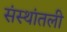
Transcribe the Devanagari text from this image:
संस्थांतली